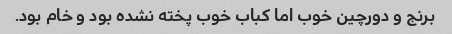
برنج و دورچین خوب اما کباب خوب پخته نشده بود و خام بود.